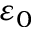
\varepsilon _ { 0 }